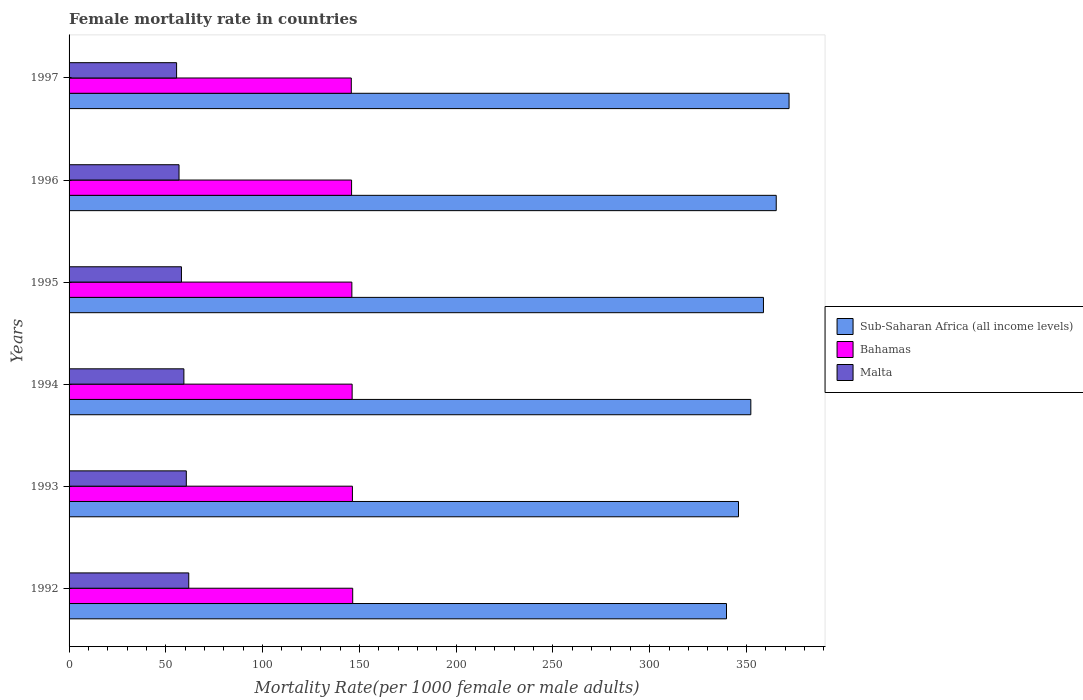
| Years | Sub-Saharan Africa (all income levels) | Bahamas | Malta |
 | --- | --- | --- | --- |
 | 1992 | 340 | 147 | 61.8 |
 | 1993 | 346 | 146 | 60.6 |
 | 1994 | 352 | 146 | 59.3 |
 | 1995 | 359 | 146 | 58.1 |
 | 1996 | 365 | 146 | 56.8 |
 | 1997 | 372 | 146 | 55.6 |